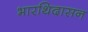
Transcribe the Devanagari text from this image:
भारथिदासन